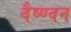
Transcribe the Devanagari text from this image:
वैष्ण्वन